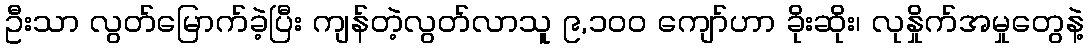
ဦးသာ လွတ်မြောက်ခဲ့ပြီး ကျန်တဲ့လွတ်လာသူ ၉,၁၀၀ ကျော်ဟာ ခိုးဆိုး၊ လုနှိုက်အမှုတွေနဲ့